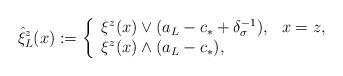
LaTeX: \begin{align*}\hat{\xi}_L^z(x) := \left\{ \begin{array}{ll}\xi^z(x) \vee (a_L - c_\ast + \delta^{-1}_\sigma), & x = z, \\\xi^z(x) \wedge (a_L - c_\ast), & \end{array}\right.\end{align*}